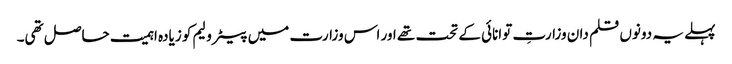
پہلے یہ دونوں قلم دان وزارتِ توانائی کے تحت تھے اور اس وزارت میں پیٹرولیم کو زیادہ اہمیت حاصل تھی۔